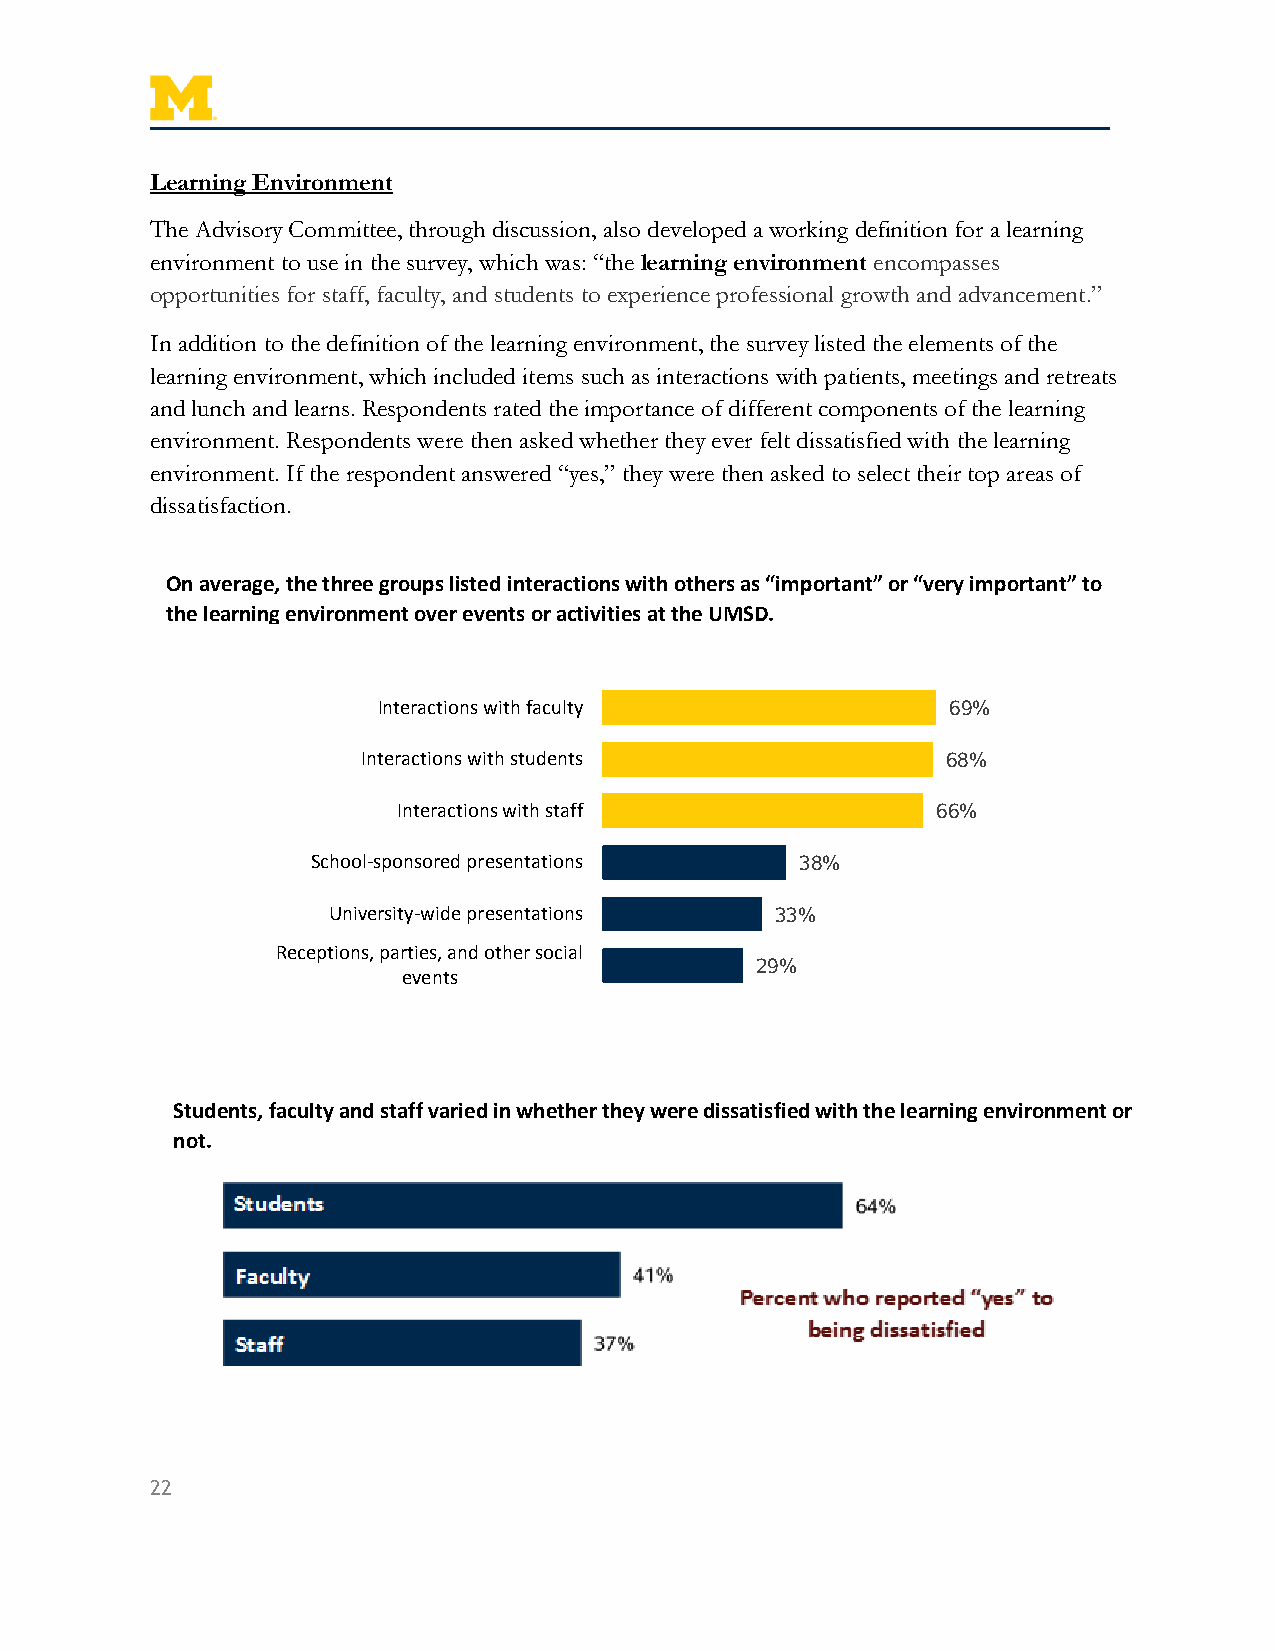
Learning Environment
 The Advisory Committee, through discussion, also developed a working definition for a learning
 environment to use in the survey, which was: “the learning environment encompasses
 opportunities for staff, faculty, and students to experience professional growth and advancement.”
 In addition to the definition of the learning environment, the survey listed the elements of the
 learning environment, which included items such as interactions with patients, meetings and retreats
 and lunch and learns. Respondents rated the importance of different components of the learning
 environment. Respondents were then asked whether they ever felt dissatisfied with the learning
 environment. If the respondent answered “yes,” they were then asked to select their top areas of
 dissatisfaction.
 On average, the three groups listed interactions with others as “important” or “very important” to
 the learning environment over events or activities at the UMSD.
 Interactions with faculty             69%
 Interactions with students             68%
 Interactions with staff             66%
 School-sponsored presentations  38%
 University-wide presentations 33%
 Receptions, parties, and other social
 29%
 events
 Students, faculty and staff varied in whether they were dissatisfied with the learning environment or
 not.
 22